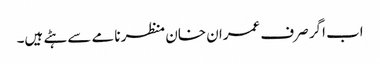
اب اگر صرف عمران خان منظر نامے سے ہٹے ہیں۔